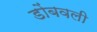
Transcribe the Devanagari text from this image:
डोंबवली